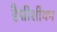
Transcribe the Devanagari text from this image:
हैग्नीशीयम